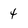
Character: 4